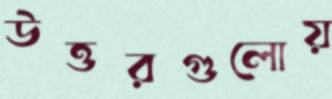
উত্তরগুলোয়